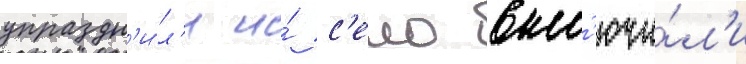
упраздн'и́л'и и́ с'ело вкл'ючи́л'и